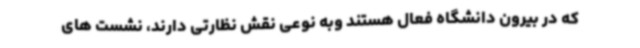
که در بیرون دانشگاه فعال هستند وبه نوعی نقش نظارتی دارند، نشست های